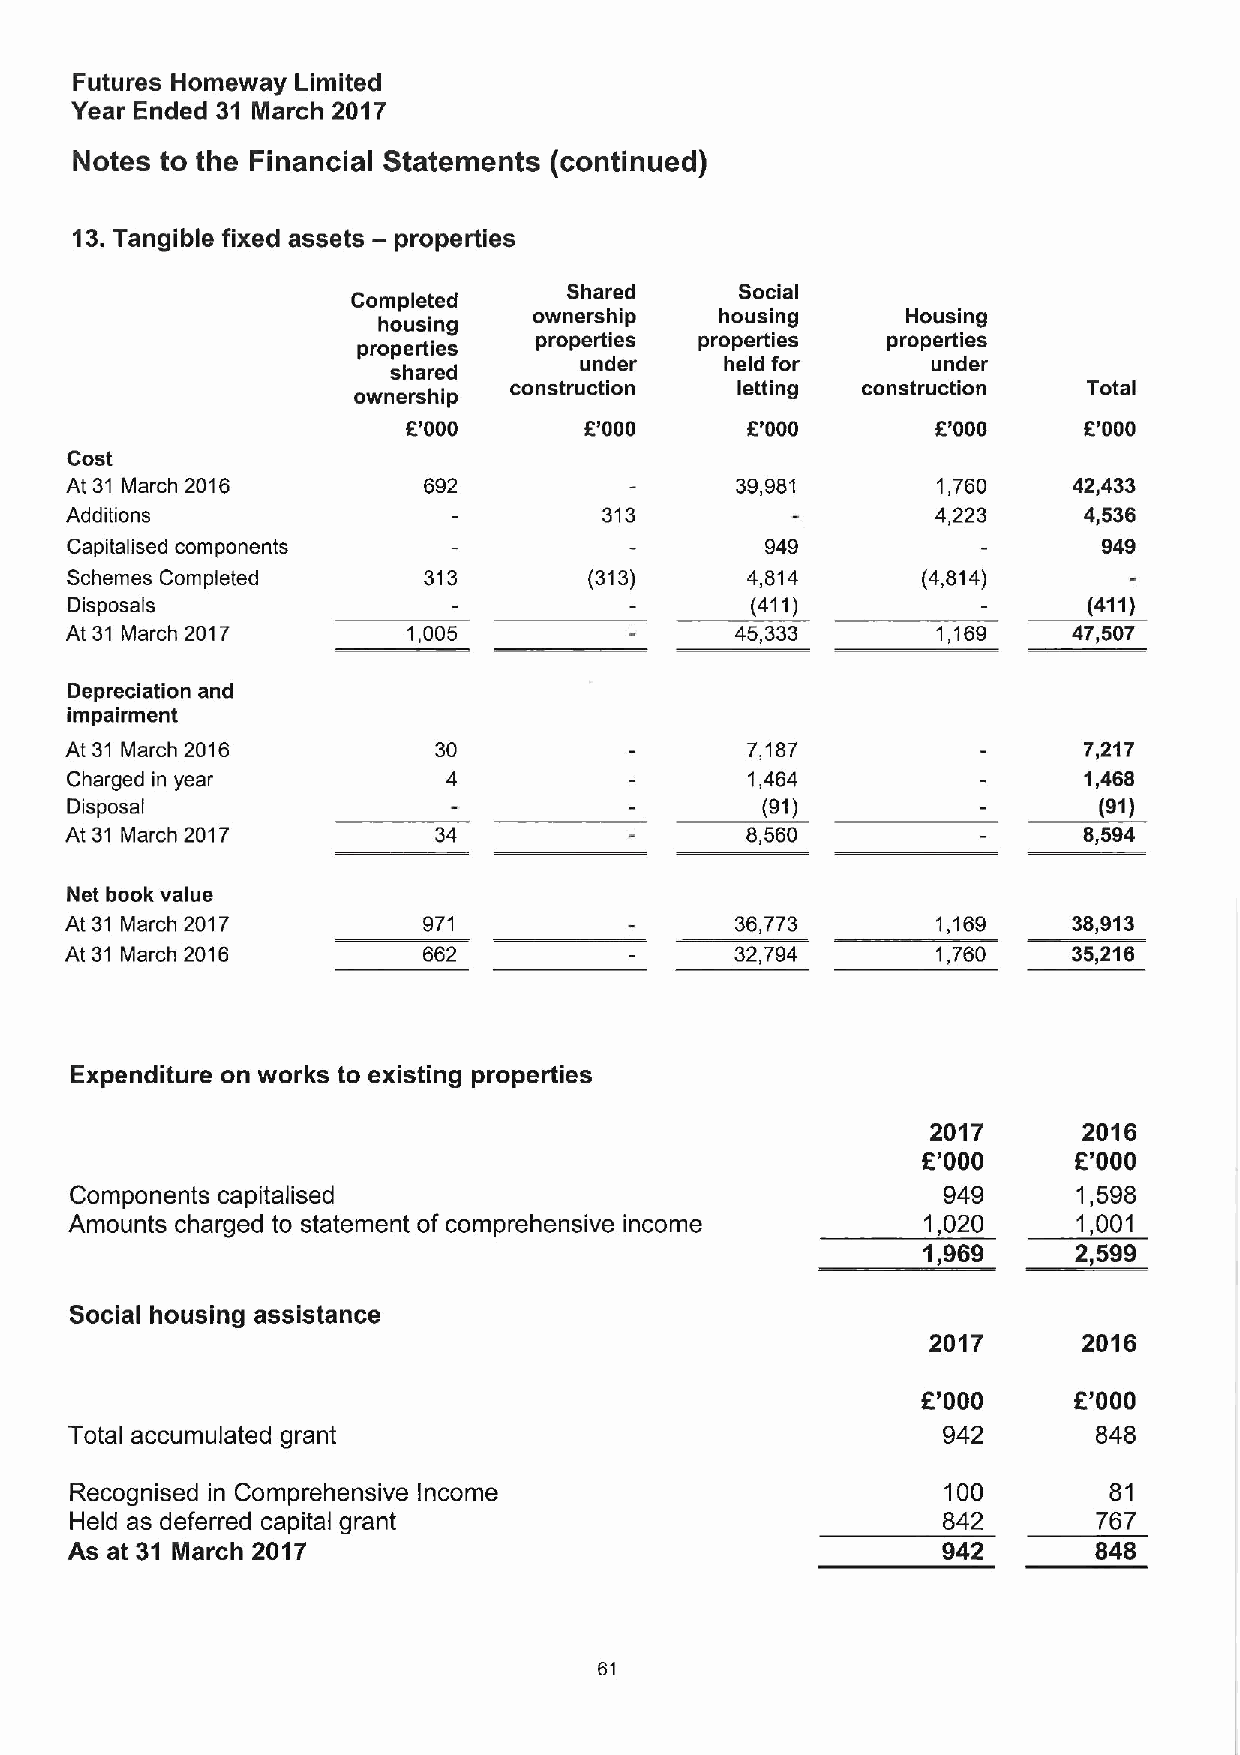
Futures Homeway Limited
 Year Ended 31 March 2017
 Notes to the Financial Statements (continued)
 13.Tangible fixed assets — properties
 Shared     Social
 Completed
 ownership    housing     Housing
 housing
 properties properties  properties
 properties
 under     held for      under
 shared
 construction   letting construction   Total
 ownership
 6'000       6'000     6'000        5'000     6'000
 Cost
 At 31 March 2016        692                  39,981       1,760    42,433
 Additions                           313                   4,223     4,536
 Capitalised components                         949                   949
 Schemes Completed       313        (313)     4,814       (4,814)
 Disposals                                     (411)                 (411)
 At 31 March 2017       1,005                 45,333       1,169    47,507
 Depreciation and
 impairment
 At 31 March 2016         30                  7,187                  7,217
 Charged in year           4                   1,464                 1,468
 Disposal                                      (91)                   (91)
 At 31 March 2017         34                  8,560                  8,594
 Net book value
 At 31 March 2017        971                  36,773       1,169    38,913
 At 31 March 2016        662                  32,794       1,760    35,216
 Expenditure on works to existing properties
 2017      2016
 R'000     L"000
 Components capitalised                                   949      1,598
 Amounts charged to statement of comprehensive income    1,020     1,001
 1,969     2,599
 Social housing assistance
 2017      2016
 f
 '000     F'000
 Total accumulated grant                                  942        848
 Recognised in Comprehensive Income                        100       81
 Held as deferred capital grant                           842        767
 As at 31 March 2017                                       942       848
 61